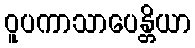
ဝူပကာသာပေန္တိယာ